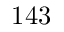
1 4 3